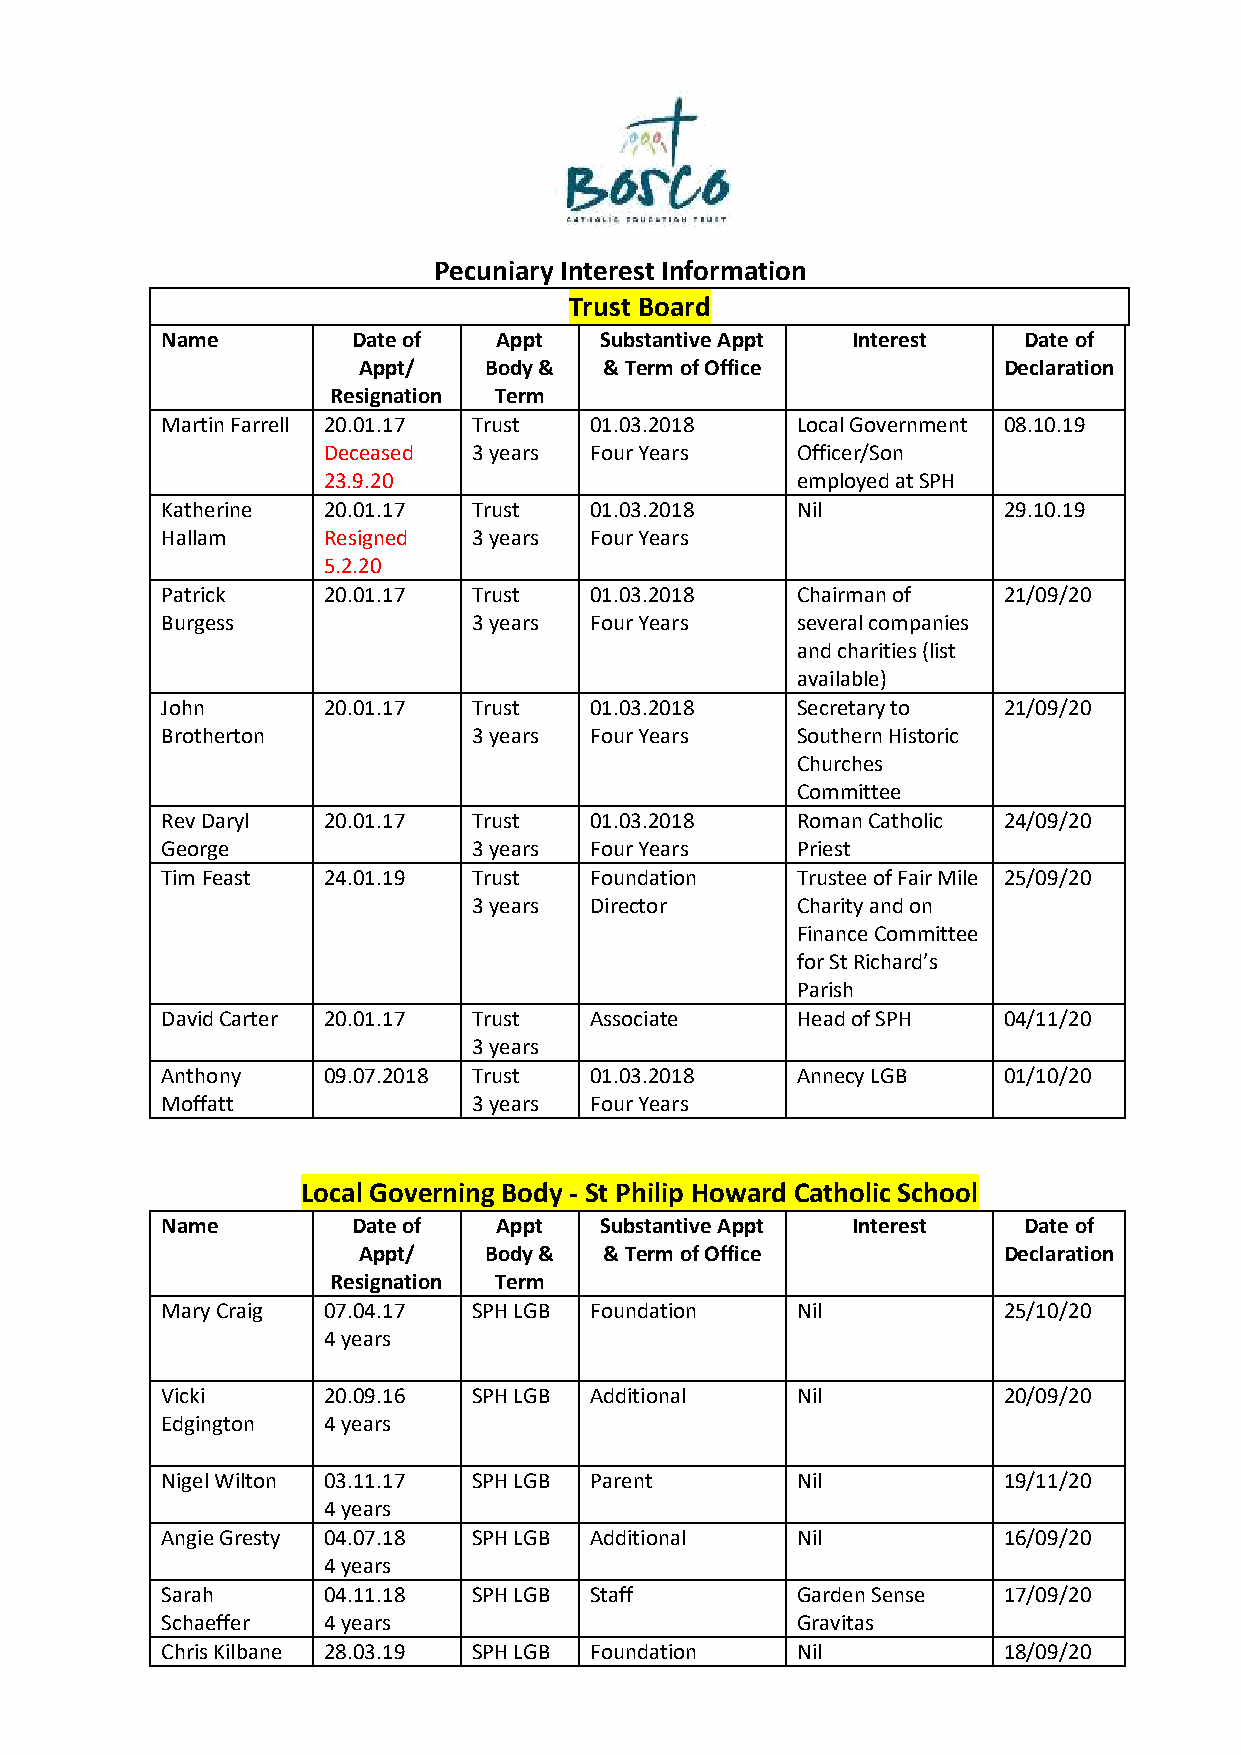
Pecuniary Interest Information
 Trust Board
 Name        Date of   Appt   Substantive Appt Interest   Date of
 Appt/   Body &  & Term of Office          Declaration
 Resignation Term
 Martin Farrell 20.01.17 Trust 01.03.2018  Local Government 08.10.19
 Deceased  3 years Four Years    Officer/Son
 23.9.20                         employed at SPH
 Katherine 20.01.17  Trust   01.03.2018    Nil          29.10.19
 Hallam    Resigned  3 years Four Years
 5.2.20
 Patrick   20.01.17  Trust   01.03.2018    Chairman of  21/09/20
 Burgess             3 years Four Years    several companies
 and charities (list
 available)
 John      20.01.17  Trust   01.03.2018    Secretary to 21/09/20
 Brotherton          3 years Four Years    Southern Historic
 Churches
 Committee
 Rev Daryl 20.01.17  Trust   01.03.2018    Roman Catholic 24/09/20
 George              3 years Four Years    Priest
 Tim Feast 24.01.19  Trust   Foundation    Trustee of Fair Mile 25/09/20
 3 years Director      Charity and on
 Finance Committee
 for St Richard’s
 Parish
 David Carter 20.01.17 Trust Associate     Head of SPH  04/11/20
 3 years
 Anthony   09.07.2018 Trust  01.03.2018    Annecy LGB   01/10/20
 Moffatt             3 years Four Years
 Local Governing Body - St Philip Howard Catholic School
 Name        Date of   Appt   Substantive Appt Interest   Date of
 Appt/   Body &  & Term of Office          Declaration
 Resignation Term
 Mary Craig 07.04.17 SPH LGB Foundation    Nil          25/10/20
 4 years
 Vicki     20.09.16  SPH LGB Additional    Nil          20/09/20
 Edgington 4 years
 Nigel Wilton 03.11.17 SPH LGB Parent      Nil          19/11/20
 4 years
 Angie Gresty 04.07.18 SPH LGB Additional  Nil          16/09/20
 4 years
 Sarah     04.11.18  SPH LGB Staff         Garden Sense 17/09/20
 Schaeffer 4 years                         Gravitas
 Chris Kilbane 28.03.19 SPH LGB Foundation Nil          18/09/20